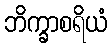
ဘိက္ခာစရိယံ